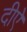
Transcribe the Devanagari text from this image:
दीऐ